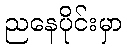
ညနေပိုင်းမှာ